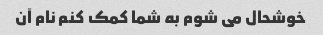
خوشحال می شوم به شما کمک کنم نام آن